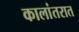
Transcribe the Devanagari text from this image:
कालांतरात